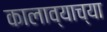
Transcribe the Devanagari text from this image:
कालाव्याच्या